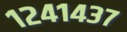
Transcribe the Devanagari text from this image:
१२४१४३७